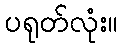
ပရုတ်လုံး။